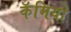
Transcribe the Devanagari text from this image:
कॅमियो